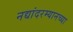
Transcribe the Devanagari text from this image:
नद्यांदरम्यानच्या